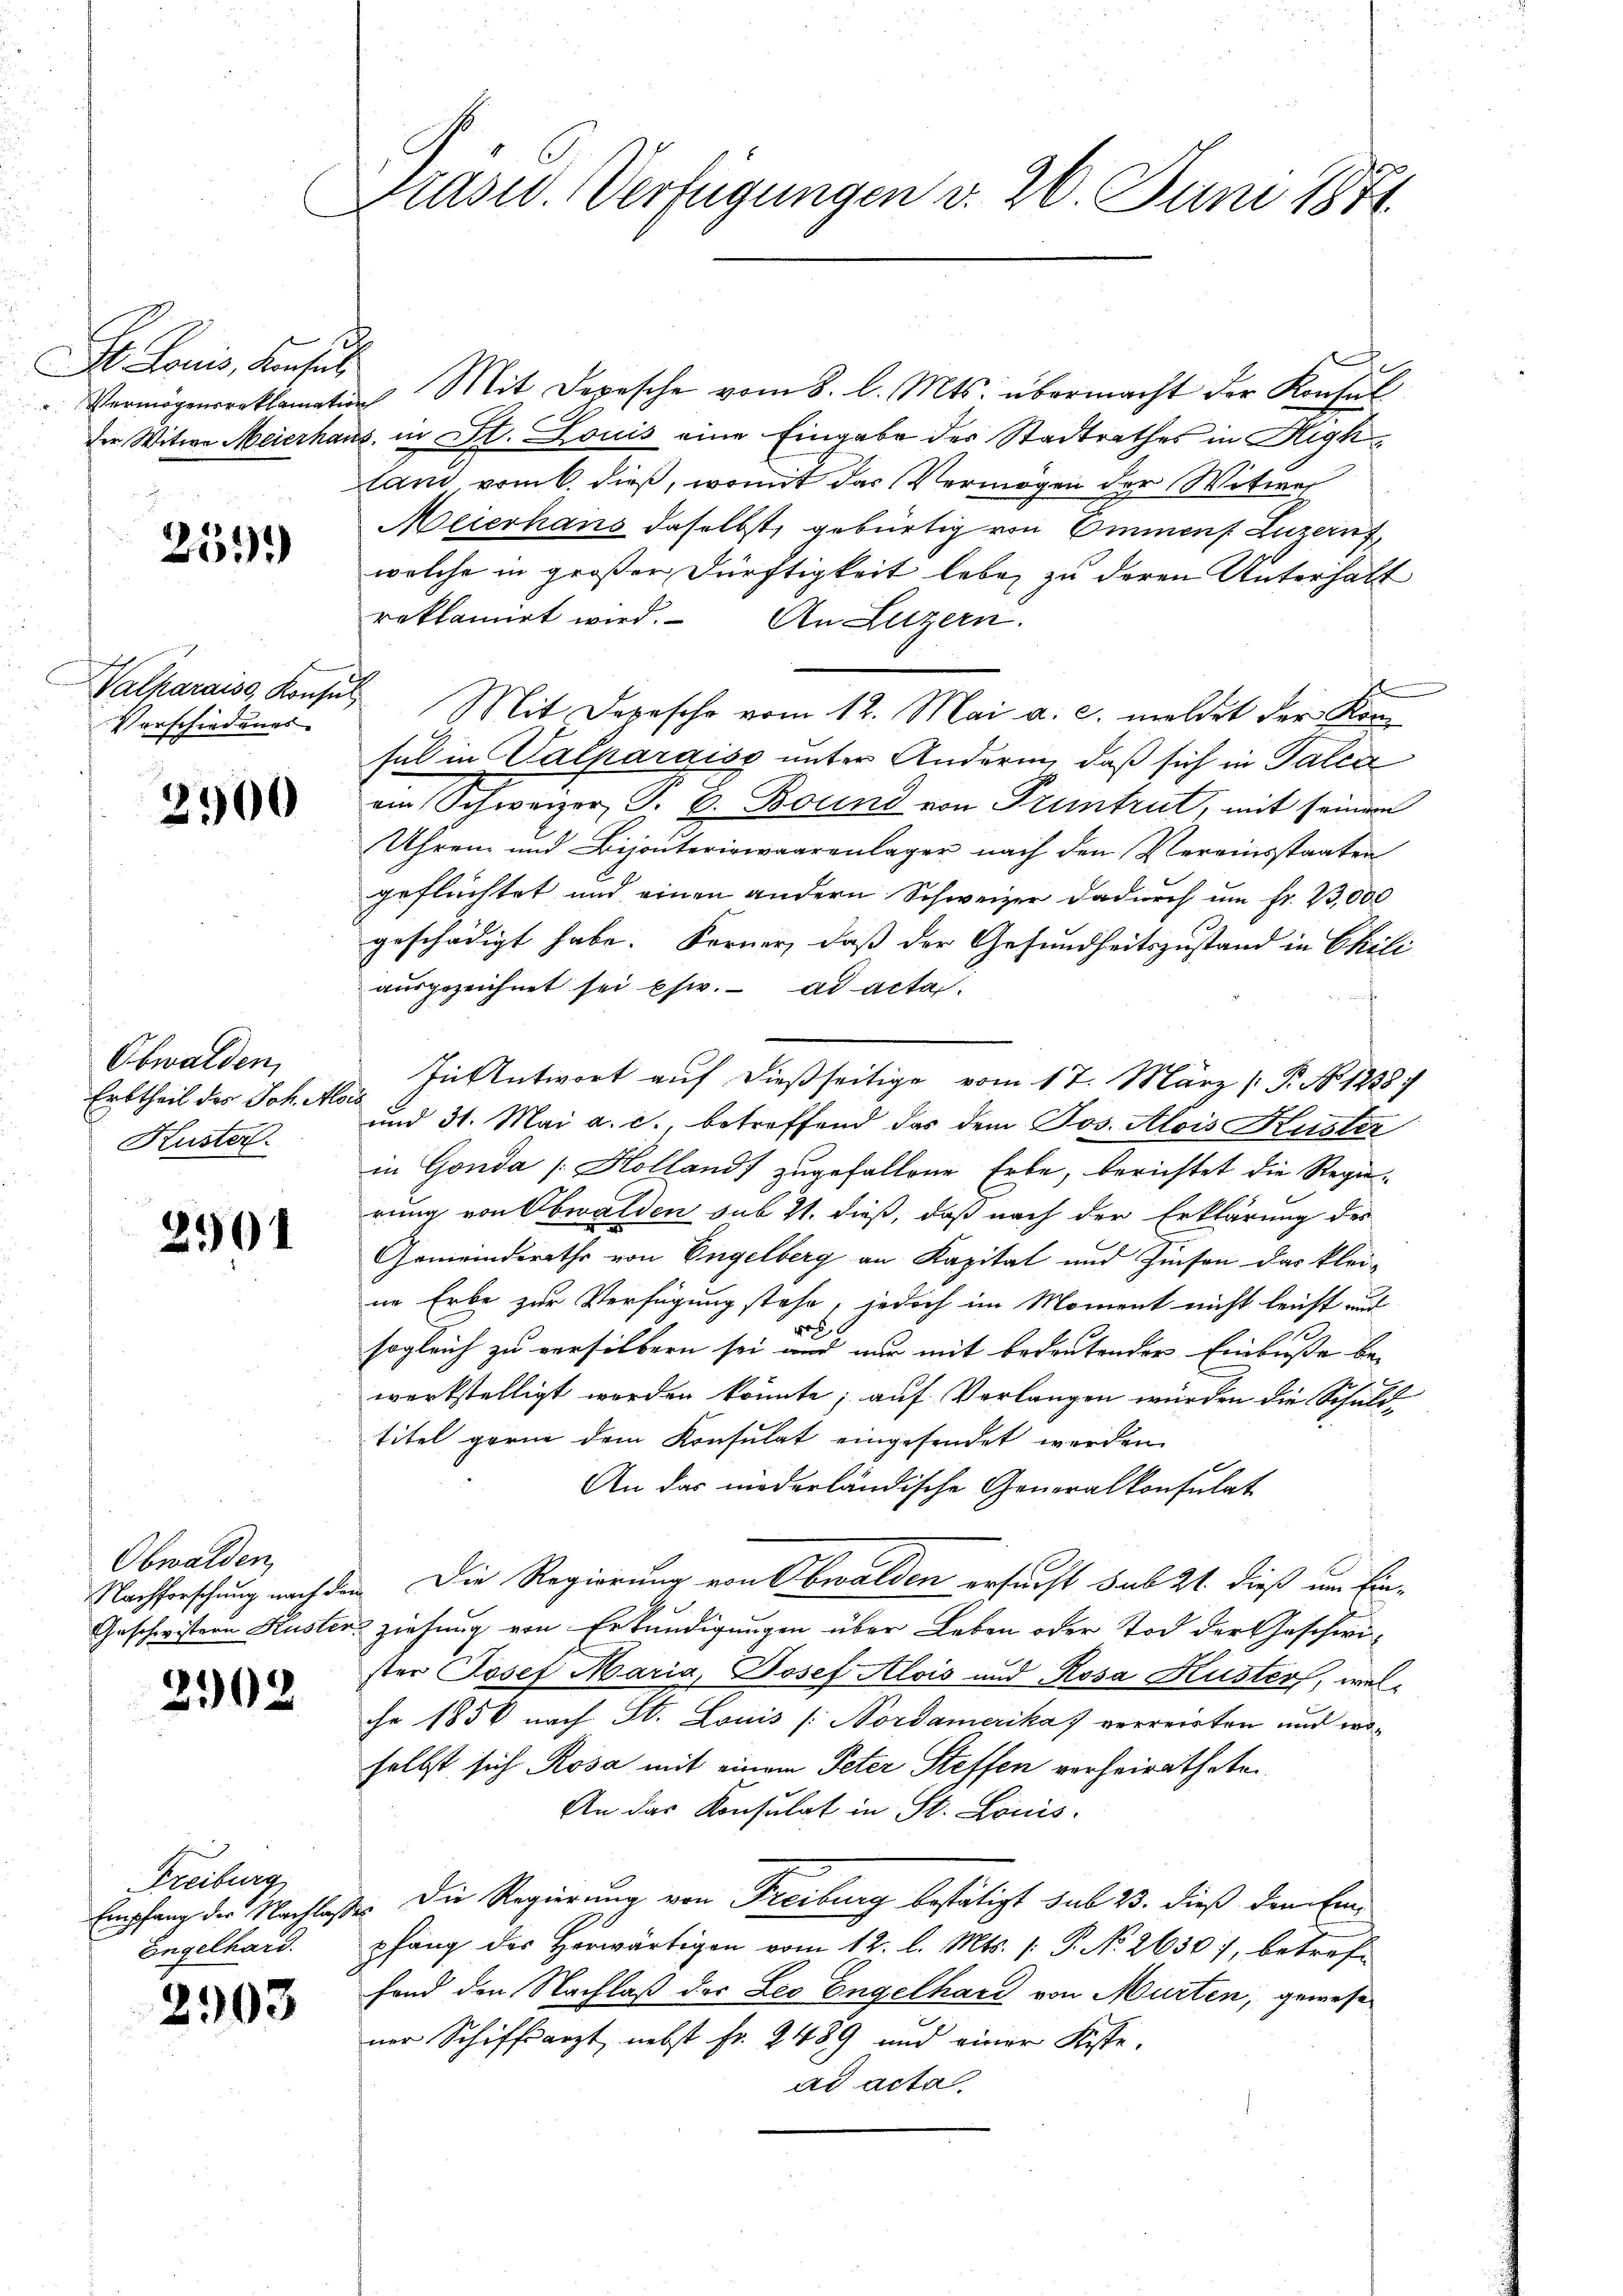
t Louis, Konsul
Vermögensreklamation

253.

Valharais, Konsul
Verschiedenes

2900

Obwalden,
Erbtheil des Joh. Alo
Kuster

2901

Obwalden,
Nachforschung nach der
Geschwistern Huster

2502

Freiburg
Empfang der Nachlaß
Engelhard.

2903

Präsid. Verfügungen v. 26. Juni 1874.

" Mit Depesche vom 8. l. Mts. übermacht der Konsul
Der Witwe Meierhaus, in St. Louis eine Eingabe des Stadtrathes in Highland vom 6. dieß, womit das Vermögen der Witwer
Meierhans daselbst, gebürtig von Emmens Luzern,
welche in großer Dürftigkeit leben zu deren Unterhalt
roklamirt wird. An Luzern.
Mit Depesche vom 12. Mai a. c. meldet der Komsul in Valparaiss unter Anderen, daß sich in Falca
ein Schweizer, S. 6. Bound von Pruntrut, mit seinem
Uhren und Bijouteriewaarenlager nach den Vereinsstaaten
geflüchtet und einen andern Schweizer dadurch um fr. 23,000
geschädigt habe. Ferner, daß der Gesundheitszustand in Chili
ausgezeichnet sei es. ad acta.
In Antwort auf dießseitige vom 17. März ( P. No 1238.
und 31. Mai a. c., betreffend das dem Jos. Alois Küster
in Gonda [Hollands zugefallene Erbe, berichtet die Regierung von Obwalden sub 11. dieß, daß nach der Erklärung des
Gemeindsrathe von Engelberg an Kapital und Zinsen das klei-
ne Erbe zur Verfügung stehe, jedoch im Moment nicht leicht auf
ros
sogleich zu versilbern sei und nur mit bedeutender Einbuße bewerkstelligt werden könnte; auf Verlangen wurden die Schuld-
titel gerne dem Konsulat eingesendet werden
An das niederländische Generalkonsulat
Die Regierung von Obwalden ersucht sub 21. dieß um Einziehung von Erkundigungen über Leben oder Tod der Geschwister Josef Maria, Josef Alois und Rosa Husters, welchr 1850 nach St. Louis /: Nordamerika) verreisten und woselbst sich Rosa mit einem Peter Steffen verheirathete
An das Konsulat in St. Louis
. Die Regierung von Freiburg bestätigt sub 23. dieß den Ein-
pfang des Herwärtigen vom 12. l. Mts. (: P. No. 2630), betreff
fand den Nachlaß der Les Engelhard von Murten, gewese
ner Schiffsarzt nebst fr. 2489 und einer Kisse,
ad acta.